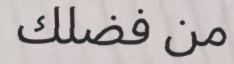
من فضلك